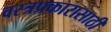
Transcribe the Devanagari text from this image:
वस्त्रप्रकारासाठी